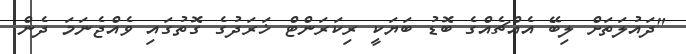
"ދައުލަތަށް ލިބޭ އެއްޗެއްގެ ބޮޑު ބަޔަކީ ރިކަރަންޓް ޚަރަދުގެ ގޮތުގައި ވެއްޖެނަމަ ދެން